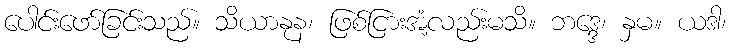
ပေါင်းဖော်ခြင်းသည်။ သိယာနုန၊ ဖြစ်ငြားအံ့လည်းမသိ။ ဘဒ္ဒေ၊ နှမ။ ယဒါ၊